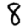
Digit: 8